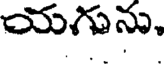
యగును.